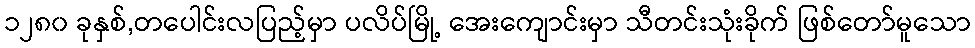
၁၂၈၀ ခုနှစ်,တပေါင်းလပြည့်မှာ ပလိပ်မြို့ အေးကျောင်းမှာ သီတင်းသုံးခိုက် ဖြစ်တော်မူသော